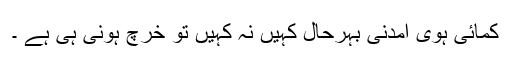
کمائی ہوی آمدنی بہرحال کہیں نہ کہیں تو خرچ ہونی ہی ہے ۔